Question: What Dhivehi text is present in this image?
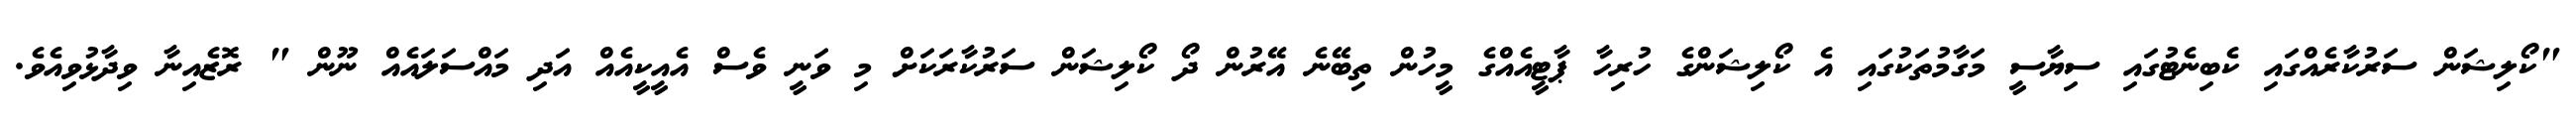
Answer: "ކޯލިޝަން ސަރުކާރެއްގައި ކެބިނެޓުގައި ސިޔާސީ މަގާމުތަކުގައި އެ ކޯލިޝަންގެ ހުރިހާ ޕާޓީއެއްގެ މީހުން ތިބޭނެ އޭރުން ދޯ ކޯލިޝަން ސަރުކާރަކަށް މި ވަނީ ވެސް އެއީކީއެއް އަދި މައްސަލައެއް ނޫން " ރޮޒެއިނާ ވިދާޅުވިއެވެ.